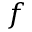
f